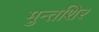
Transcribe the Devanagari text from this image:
मुन्तशिर